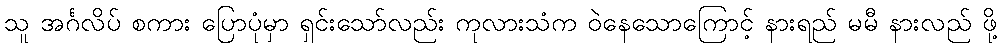
သူ အင်္ဂလိပ် စကား ပြောပုံမှာ ရှင်းသော်လည်း ကုလားသံက ဝဲနေသောကြောင့် နားရည် မမီ နားလည် ဖို့